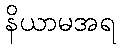
နိယာမအရ